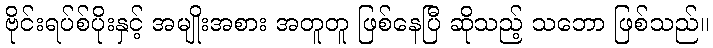
ဗိုင်းရပ်စ်ပိုးနှင့် အမျိုးအစား အတူတူ ဖြစ်နေပြီ ဆိုသည့် သဘော ဖြစ်သည်။